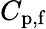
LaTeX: C_{\textup{p,f}}